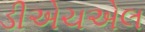
ડીએચએલ